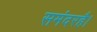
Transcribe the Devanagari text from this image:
समंदरहै।